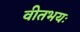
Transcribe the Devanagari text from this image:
वीतभयः